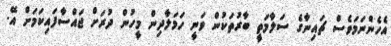
އެހެންނަމަވެސް ޗައިނާގެ ސަލާމަތީ ބާރުތަކުން ވަނީ ހަމަލާދިން މީހުން ދުރަށް ޖައްސާފައިކަމަށް އޭ.